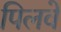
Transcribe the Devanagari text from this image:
पिलवे